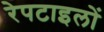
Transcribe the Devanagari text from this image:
रेपटाइलों